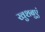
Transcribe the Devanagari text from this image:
खुशबुएं